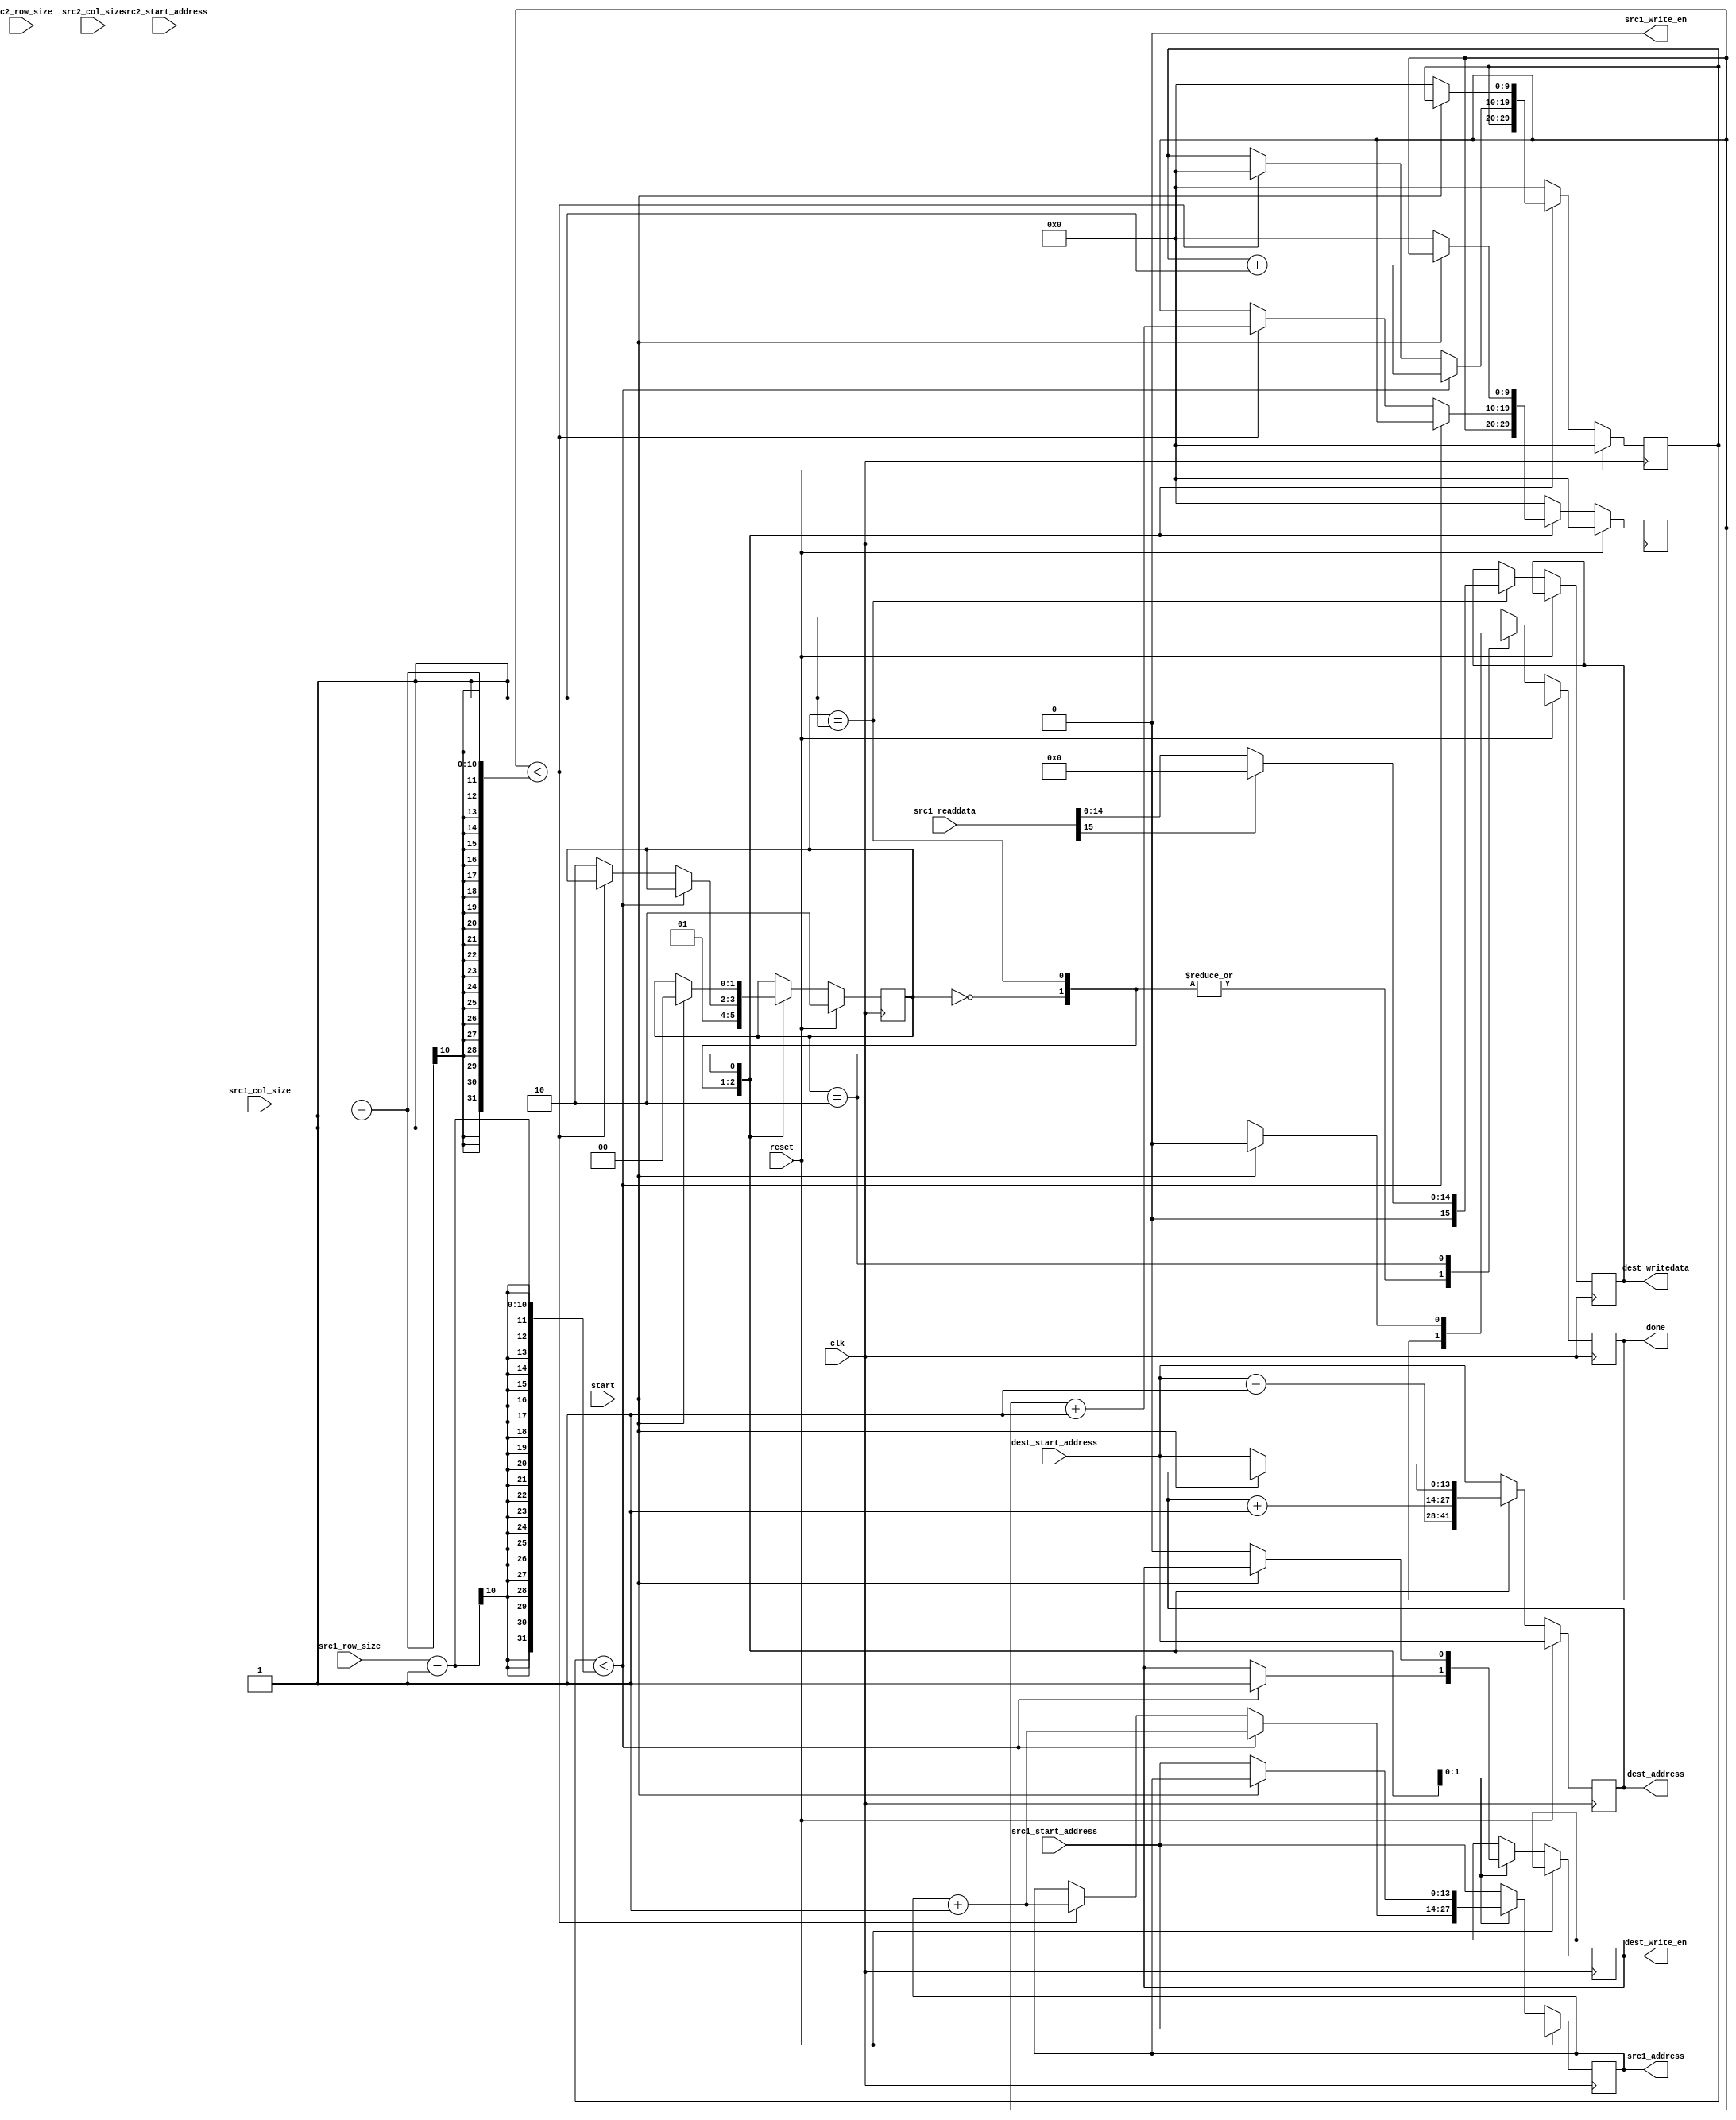
module matrix_relu(
    input clk,
    input reset,
    input start,
    output reg done,
    input wire [13:0] src1_start_address,
    input wire [13:0] src2_start_address,
    output reg [13:0] src1_address,
    input wire signed [15:0] src1_readdata,
    output wire src1_write_en,
   // output reg [14:0] src2_address,
   // input reg [15:0] src2_data,
   // output wire src2_write_en,
    input wire [9:0] src1_row_size,
    input wire [9:0] src1_col_size,
    input wire [5:0] src2_row_size,
    input wire [5:0] src2_col_size,
    input wire [13:0] dest_start_address,
    output reg [13:0] dest_address,
    output reg signed [15:0] dest_writedata,
    output reg dest_write_en
);
    reg [9:0] row_count;
    reg [9:0] col_count;
   
    assign src1_write_en = 0;
   // assign src2_write_en = 0;
    reg [1:0] state = 2'd2;

    always @(posedge clk) begin
    if(reset) begin
        state <= 2'd2;
        row_count<=0;
        col_count<=0;
        src1_address<=src1_start_address;
      //  src2_address<=src2_start_address;
        dest_address<=dest_start_address;
        done<=1;
    end
    else begin
        case (state)
            2'd0: begin
                src1_address<=src1_start_address;
            //    src2_address<=src2_start_address;
                dest_address<=dest_start_address-1;
                state<=2'd1;
            end
            2'd1: begin
                if(row_count < src1_row_size-1) begin
                    src1_address <= src1_address + 1;
                //    src2_address <= src2_address + 1;
                    row_count <= row_count+1;
                    dest_address <= dest_address + 1;
                //  dest_data <= src1_data + src2_data;
                    dest_writedata <= ( src1_readdata[15] ) ? 0 : src1_readdata;
                    dest_write_en <= 1;
                end
                else if (col_count < src1_col_size-1) begin
                    src1_address <= src1_address + 1;
                //    src2_address <= src2_address + 1;
                    col_count <= col_count+1;
                    row_count <= 0;
                    dest_address <= dest_address + 1;
                //  dest_data <= src1_data + src2_data;
                    dest_writedata <= ( src1_readdata[15] ) ? 0 : src1_readdata;
                end
                else begin
                    dest_address<=dest_address + 1;
                //  dest_data <= src1_data + src2_data;
                    dest_writedata <= ( src1_readdata[15] ) ? 0 : src1_readdata;
                    state <= 2'd2;
                end
            end
            2'd2: begin
                if(start == 1) begin
                    state <= 2'd0;
                    done <= 0;
                end
                else begin
                    dest_write_en <= 0;
                    row_count<=0;
                    col_count<=0;
                    src1_address<=src1_start_address;
                //  src2_address<=src2_start_address;
                    dest_address<=dest_start_address;
                    done<=1;
                end
            end
            default: begin
                row_count<=0;
                col_count<=0;
                src1_address<=src1_start_address;
            //    src2_address<=src2_start_address;
                dest_address<=dest_start_address;
                done<=1;
            end
        endcase
    end
    end
endmodule